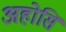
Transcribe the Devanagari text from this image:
अहोसिं